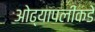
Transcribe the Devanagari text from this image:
ओढ्यापलीकडे